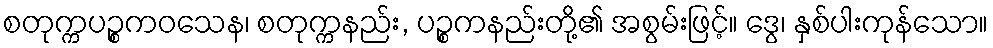
စတုက္ကပဉ္စကဝသေန၊ စတုက္ကနည်း, ပဉ္စကနည်းတို့၏ အစွမ်းဖြင့်။ ဒွေ၊ နှစ်ပါးကုန်သော။